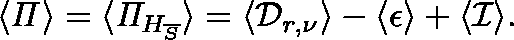
\langle \mathit { \Pi } \rangle = \langle \mathit { \Pi } _ { H _ { \overline { { S } } } } \rangle = \langle \mathcal { D } _ { r , \nu } \rangle - \langle \mathcal { \epsilon } \rangle + \langle \mathcal { I } \rangle .